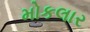
મોકલાર